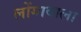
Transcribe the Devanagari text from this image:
लोंगावाला